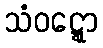
သံဝဋ္ဋော